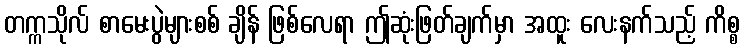
တက္ကသိုလ် စာမေးပွဲများစစ် ချိန် ဖြစ်လေရာ ဤဆုံးဖြတ်ချက်မှာ အထူး လေးနက်သည့် ကိစ္စ